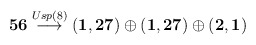
\begin{align*}{\bf 56}\stackrel{Usp(8)}{\longrightarrow}({\bf 1,27})\oplus({\bf 1,27})\oplus({\bf 2,1})\end{align*}